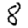
Digit: 8